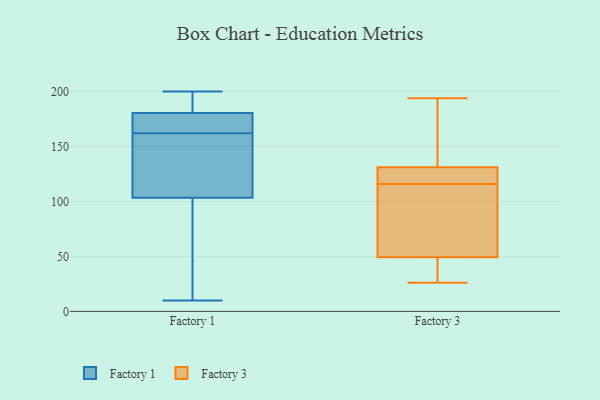
{"axis": {"x": "Budget (USD K)", "y": "Value"}, "legend": ["Factory 1", "Factory 3"], "data": [{"x": "", "y": 127, "type": "Factory 1"}, {"x": "", "y": 105, "type": "Factory 1"}, {"x": "", "y": 62, "type": "Factory 1"}, {"x": "", "y": 173, "type": "Factory 1"}, {"x": "", "y": 102, "type": "Factory 1"}, {"x": "", "y": 76, "type": "Factory 1"}, {"x": "", "y": 190, "type": "Factory 1"}, {"x": "", "y": 162, "type": "Factory 1"}, {"x": "", "y": 193, "type": "Factory 1"}, {"x": "", "y": 126, "type": "Factory 1"}, {"x": "", "y": 178, "type": "Factory 1"}, {"x": "", "y": 200, "type": "Factory 1"}, {"x": "", "y": 183, "type": "Factory 1"}, {"x": "", "y": 10, "type": "Factory 1"}, {"x": "", "y": 162, "type": "Factory 1"}, {"x": "", "y": 170, "type": "Factory 1"}, {"x": "", "y": 116, "type": "Factory 3"}, {"x": "", "y": 127, "type": "Factory 3"}, {"x": "", "y": 138, "type": "Factory 3"}, {"x": "", "y": 183, "type": "Factory 3"}, {"x": "", "y": 74, "type": "Factory 3"}, {"x": "", "y": 49, "type": "Factory 3"}, {"x": "", "y": 38, "type": "Factory 3"}, {"x": "", "y": 121, "type": "Factory 3"}, {"x": "", "y": 26, "type": "Factory 3"}, {"x": "", "y": 153, "type": "Factory 3"}, {"x": "", "y": 132, "type": "Factory 3"}, {"x": "", "y": 48, "type": "Factory 3"}, {"x": "", "y": 56, "type": "Factory 3"}, {"x": "", "y": 42, "type": "Factory 3"}, {"x": "", "y": 50, "type": "Factory 3"}, {"x": "", "y": 68, "type": "Factory 3"}, {"x": "", "y": 126, "type": "Factory 3"}, {"x": "", "y": 194, "type": "Factory 3"}, {"x": "", "y": 129, "type": "Factory 3"}]}